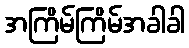
အကြိမ်ကြိမ်အခါခါ